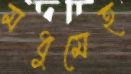
মধুমেহ